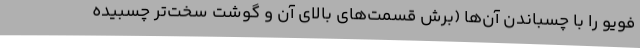
فویو را با چسباندن آن‌ها (برش قسمت‌های بالای آن و گوشت سخت‌تر چسبیده